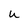
Character: U